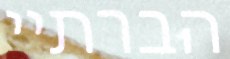
הברתיי